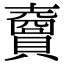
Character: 𧸇